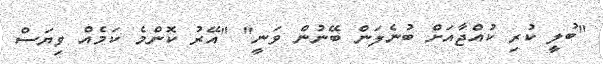
"ބުލީ ކުރި ކުއްޖާއަށް ބުނެލަން ބޭނުން ވަނީ" "އޭރު ކޮންމެ ކަމެއް ވިޔަސް